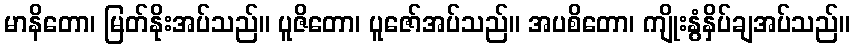
မာနိတော၊ မြတ်နိုးအပ်သည်။ ပူဇိတော၊ ပူဇော်အပ်သည်။ အပစိတော၊ ကျိုးနွံနှိပ်ချအပ်သည်။